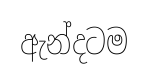
ඇන්දටම